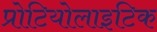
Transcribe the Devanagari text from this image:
प्रोटियोलाइटिक